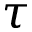
\tau